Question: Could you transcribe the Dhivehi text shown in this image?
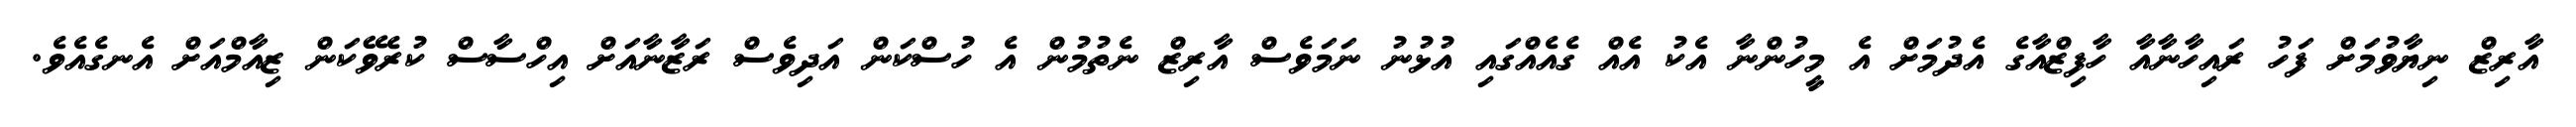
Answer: އާރިޒް ނިޔާވުމަށް ފަހު ރައިހާނާއާ ހާފިޒްއާގެ އެދުމަށް އެ މީހުންނާ އެކު އެއް ގެއެއްގައި އުޅުނު ނަމަވެސް އާރިޒް ނެތުމުން އެ ހުސްކަން އަދިވެސް ރަޒާނާއަށް އިހްސާސް ކުރެވޭކަން ޒިއާމްއަށް އެނގެއެވެ.